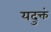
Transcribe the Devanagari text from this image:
यदुक्तं